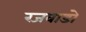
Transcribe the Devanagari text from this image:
रजवाडो